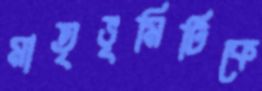
মাতৃভূমিটিকে